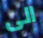
الى